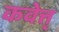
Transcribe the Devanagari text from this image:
कवेत्त्